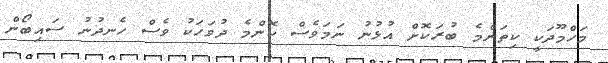
މަހްމޫދަކީ ކިތަންމެ ބުރަކޮށް އުޅުނު ނަމަވެސް ކޮންމެ ދުވަހަކު ވެސް ހެނދުނު ސައިބޯން